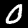
Label: 0